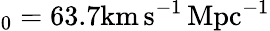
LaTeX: _{0}=63.7\mathrm{km\, s^{-1}\, Mpc^{-1}}